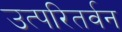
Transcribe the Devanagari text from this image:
उत्परितर्वन